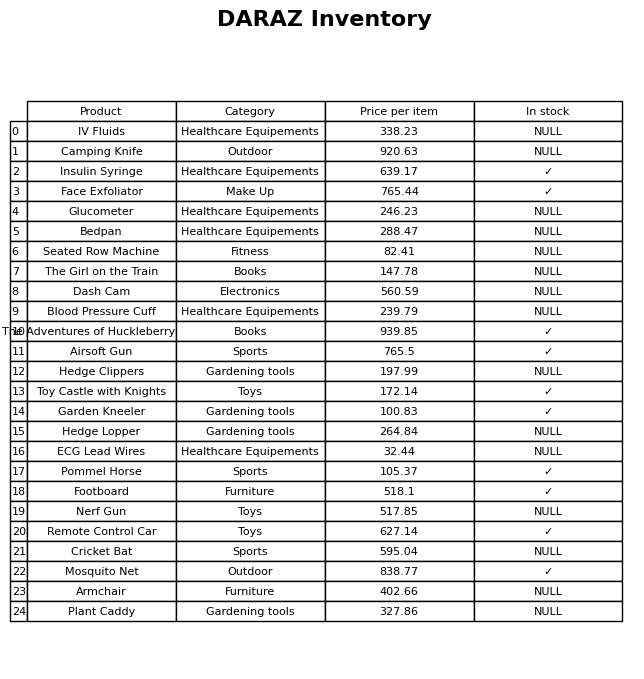
question: What is the stock status of the Nerf Gun?
answer: NULL